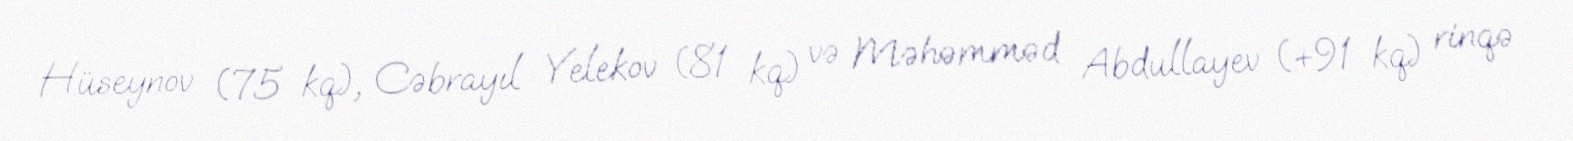
Hüseynov (75 kq), Cəbrayıl Yelekov (81 kq) və Məhəmməd Abdullayev (+91 kq) rinqə